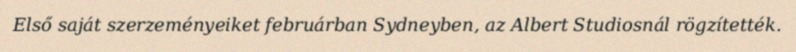
Első saját szerzeményeiket februárban Sydneyben, az Albert Studiosnál rögzítették.